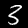
Digit: 3